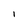
Character: I